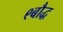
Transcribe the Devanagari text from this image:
९बौद्ध